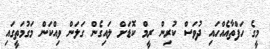
މީގެ ހަފްތާއެއްހައި ދުވަސް ކުރިން ރީމް ކޮޑަށް ލައިގެން ގަލަން ވިއްކަން މަގުމަތީގައި